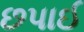
છપાઈ